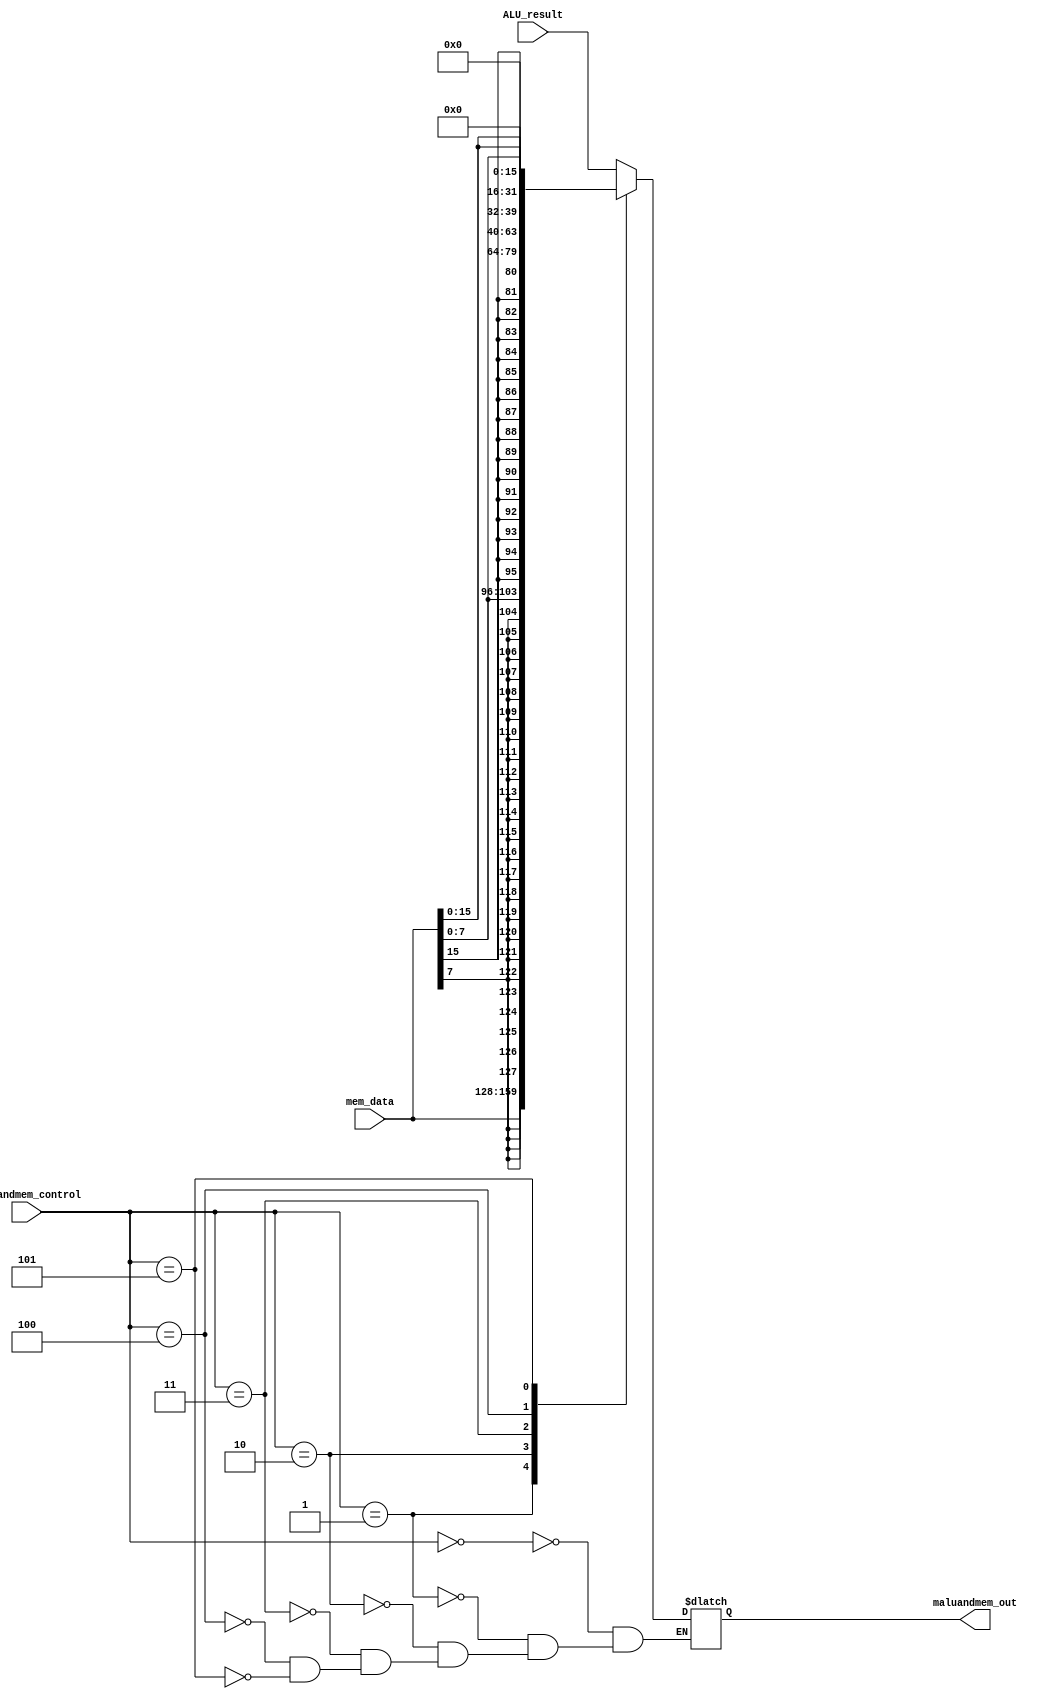
`timescale 1ns / 1ps
module mux_From_ALU_mem_ToReg(
    input  [2:0] maluandmem_control,
    input  [31:0] ALU_result,
    input  [31:0] mem_data,
    output reg [31:0] maluandmem_out
    );

    always @(*) begin
        case (maluandmem_control)
            3'b000:begin maluandmem_out<=ALU_result; end
            3'b001:begin maluandmem_out<=mem_data; end
            3'b010: begin maluandmem_out <= {{24{mem_data[7]}}, mem_data[7:0]}; end
			3'b011: begin maluandmem_out <= {{16{mem_data[15]}}, mem_data[15:0]}; end
			3'b100: begin maluandmem_out <= {24'b0, mem_data[7:0]}; end
			3'b101: begin maluandmem_out <= {16'b0, mem_data[15:0]}; end
        endcase
    end
endmodule